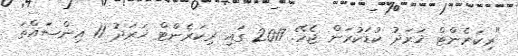
"ރިކަރެންޓް ޚަރަދު ކުޑަކުރަން ޖެހޭ. 2017 ގައި ރިކަރެންޓް ޚަރަދު 11 އިންސައްތަ